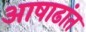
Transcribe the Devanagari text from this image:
आषाढांत